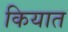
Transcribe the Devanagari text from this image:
कियात